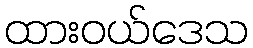
ထားဝယ်ဒေသ